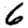
Digit: 6